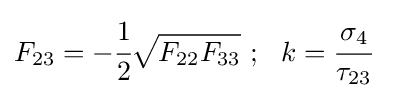
F_{23}=-{\cfrac {1}{2}}{\sqrt {F_{22}F_{33}}}~;~~k={\cfrac {\sigma _{4}}{\tau _{23}}}~